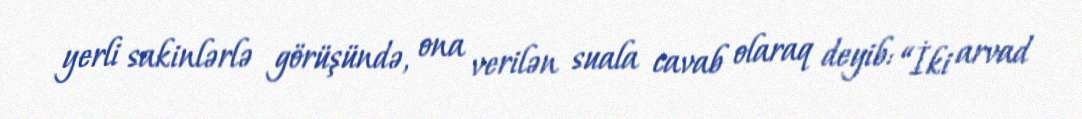
yerli sakinlərlə görüşündə, ona verilən suala cavab olaraq deyib: “İki arvad